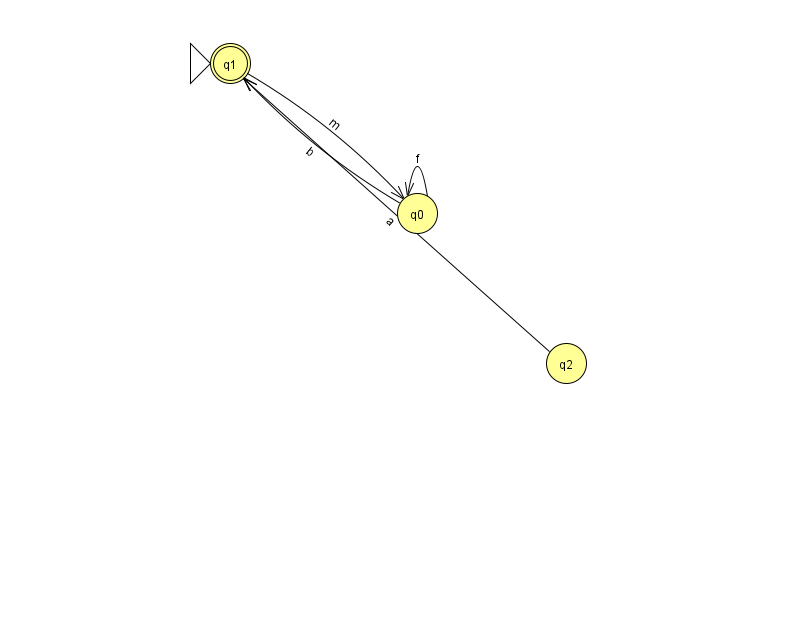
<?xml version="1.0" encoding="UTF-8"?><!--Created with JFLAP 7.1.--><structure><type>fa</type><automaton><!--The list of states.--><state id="0" name="q0"><x>417.0</x><y>200.0</y></state><state id="1" name="q1"><x>230.0</x><y>50.0</y><initial/><final/></state><state id="2" name="q2"><x>566.0</x><y>350.0</y></state><!--The list of transitions.--><transition><from>1</from><to>0</to><read>m</read></transition><transition><from>0</from><to>0</to><read>f</read></transition><transition><from>2</from><to>1</to><read>a</read></transition><transition><from>0</from><to>1</to><read>b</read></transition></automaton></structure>